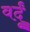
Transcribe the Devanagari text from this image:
वर्दूं